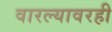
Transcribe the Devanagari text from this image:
वारल्यावरही